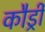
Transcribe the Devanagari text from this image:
कौर्ड्री